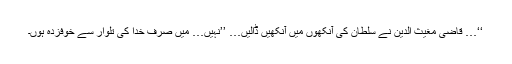
‘‘… قاضی مغیث الدین نے سلطان کی آنکھوں میں آنکھیں ڈالیں… ’’نہیں… میں صرف خدا کی تلوار سے خوفزدہ ہوں۔